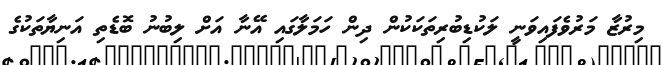
މިރުޒާ މަރުވެފައިވަނީ ލަކުޑިބުރިތަކަކުން ދިން ހަމަލާގައި އޭނާ އަށް ލިބުނު ބޮޑެތި އަނިޔާތަކުގެ